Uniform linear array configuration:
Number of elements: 4
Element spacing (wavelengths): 1
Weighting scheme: uniform
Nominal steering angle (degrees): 30
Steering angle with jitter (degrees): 29.778
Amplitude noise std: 0.05
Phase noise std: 0.05

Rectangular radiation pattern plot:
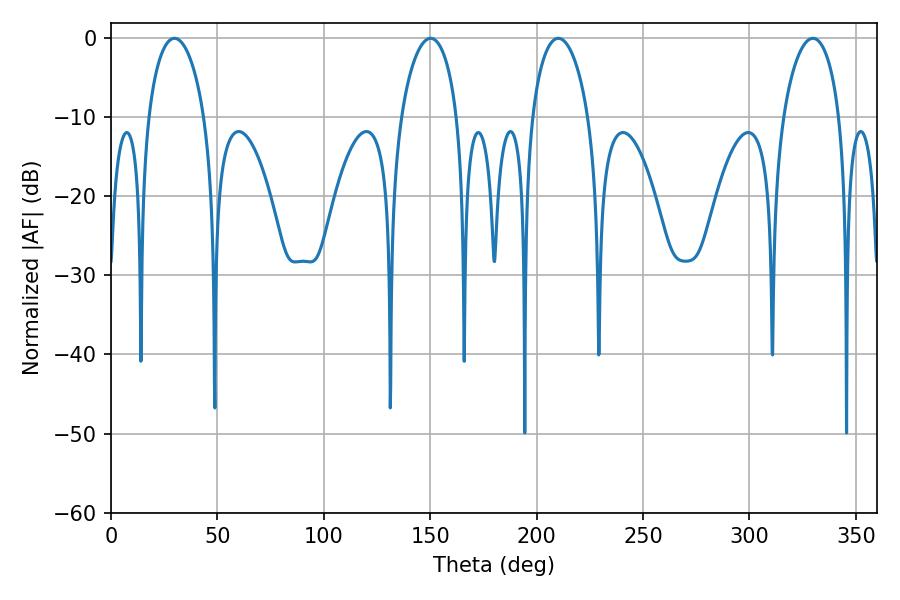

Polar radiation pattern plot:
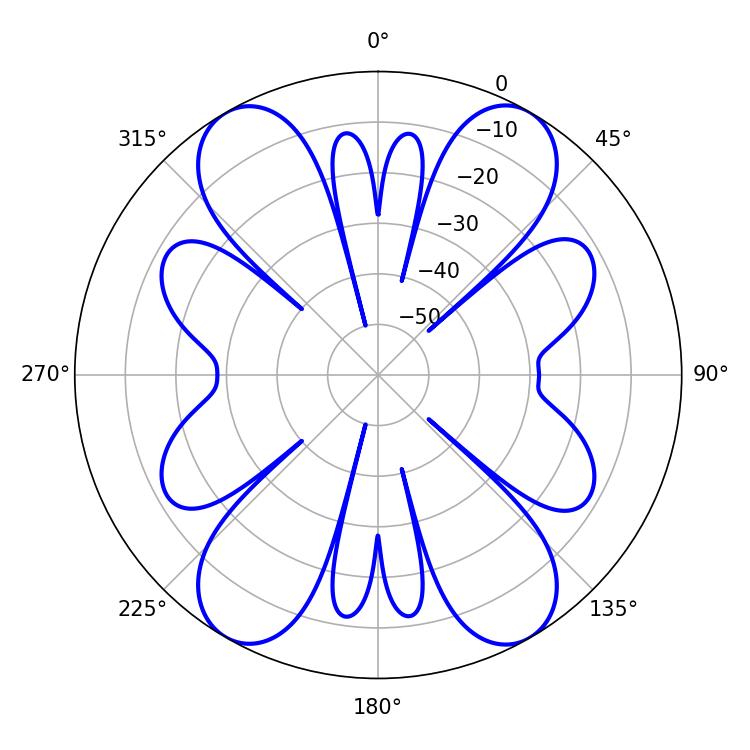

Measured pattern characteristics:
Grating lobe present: TRUE
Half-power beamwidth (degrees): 15.3
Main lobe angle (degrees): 210.24